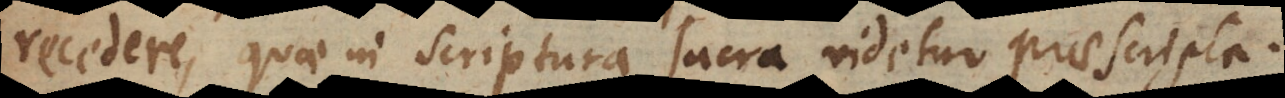
recedere, quae in scriptura sacra videtur praescripta.